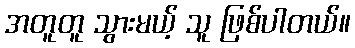
အတူတူ သွားမယ့် သူ ဖြစ်ပါတယ်။